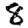
Digit: 8